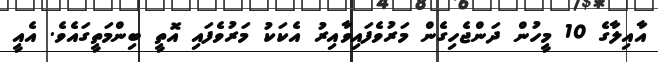
އާއިލާގެ 10 މީހުން ދަންޖެހިގެން މަރުވެފައިވާއިރު އެކަކު މަރުވެފައި އޮތީ ބިންމަތީގައެވެ. އެއީ